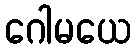
ဂေါမယေ